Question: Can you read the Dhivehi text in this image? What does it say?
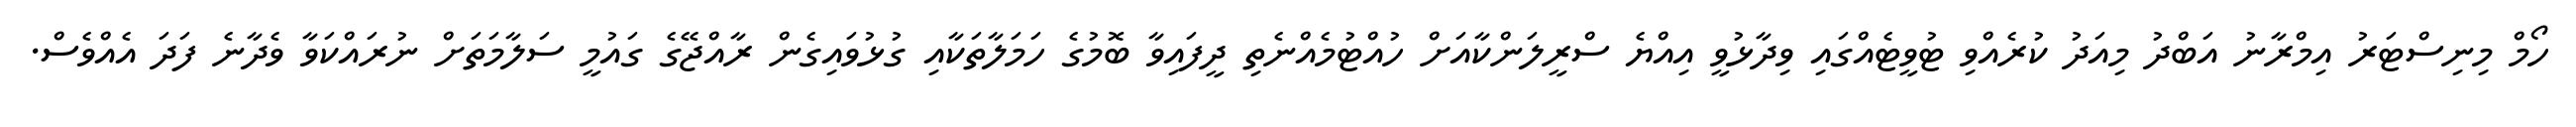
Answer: ހޯމް މިނިސްޓަރު އިމްރާނު އަބްދު މިއަދު ކުރެއްވި ޓުވީޓެއްގައި ވިދާޅުވީ އިއްޔެ ސްރީލަންކާއަށް ހުއްޓުމެއްނެތި ދީފައިވާ ބޮމުގެ ހަމަލާތަކާއި ގުޅުވައިގެން ރާއްޖޭގެ ގައުމީ ސަލާމަތަށް ނުރައްކަވާ ވެދާނެ ފަދަ އެއްވެސް.